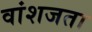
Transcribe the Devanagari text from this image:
वांशजता